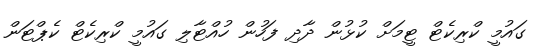
ގައުމީ ކްރިކެޓް ޓީމަށް ކުޅުން ދާދި ފަހުން ހުއްޓާލި ގައުމީ ކްރިކެޓް ކެޕްޓަން